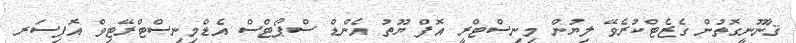
ޤާނޫނީގޮތުން ގެޒެޓްކުރެވޭ ލިޔުން މިނިސްޓްރީ އޮފް ޔޫތު އެންޑް ސްޕޯޓްސް އެޑްމިނިސްޓްރޭޓިވް އޮފިސަރ